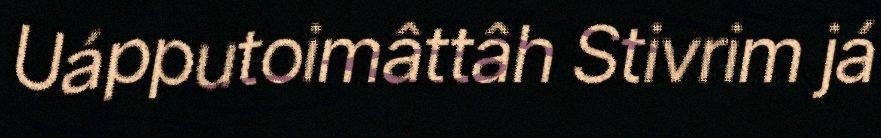
Uápputoimâttâh Stivrim já